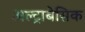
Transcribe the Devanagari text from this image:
अल्ट्राबेसिक